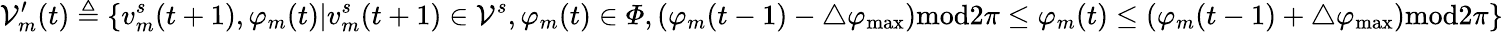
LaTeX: \mathcal{V}_{m}^{\prime}(t)\triangleq\{ v_{m}^{s}(t+1),\varphi_{m}(t)|v_{m}^{s}(t+1)\in\mathcal{V}^{s},\varphi_{m}(t)\in\varPhi,(\varphi_{m}(t-1)-\triangle\varphi_{\operatorname*{max}})\textrm{mod}2\pi\leq\varphi_{m}(t)\leq(\varphi_{m}(t-1)+\triangle\varphi_{\operatorname*{max}})\textrm{mod}2\pi\}